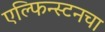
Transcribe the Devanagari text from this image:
एल्फिन्स्टनचा